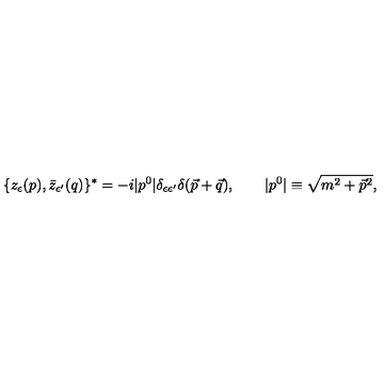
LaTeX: \{ z _ { \epsilon } ( p ) , \bar { z } _ { \epsilon ^ { \prime } } ( q ) \} ^ { * } = - i | p ^ { 0 } | \delta _ { \epsilon \epsilon ^ { \prime } } \delta ( \vec { p } + \vec { q } ) , \qquad | p ^ { 0 } | \equiv \sqrt { m ^ { 2 } + \vec { p } ^ { 2 } } ,